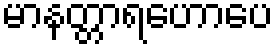
မာနတ္တာရဟောပေ